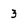
Character: 3